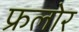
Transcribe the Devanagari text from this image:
फ्रलोर